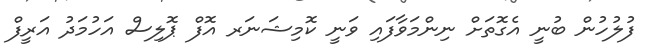
ފުލުހުން ބުނީ އެގޮތަށް ނިންމަވާފައި ވަނީ ކޮމިޝަނަރ އޮފް ޕޮލިސް އަހުމަދު އަރީފް